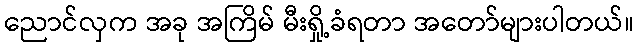
ညောင်လှက အခု အကြိမ် မီးရှို့ခံရတာ အတော်များပါတယ်။